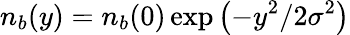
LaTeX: n_{b}(y)=n_{b}(0)\exp\left(-y^{2}/2\sigma^{2}\right)